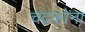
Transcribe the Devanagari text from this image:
चंद्रकोना